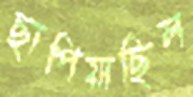
ছাপিয়াছিল